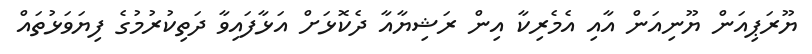
ޔޫރަޕިއަން ޔޫނިއަން އާއި އެމެރިކާ އިން ރަޝިޔާއާ ދެކޮޅަށް އަޅާފައިވާ ދަތިކުރުމުގެ ފިޔަވަޅުތައް